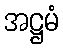
အဋ္ဌမံ